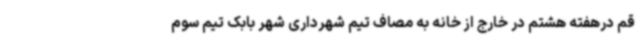
قم درهفته هشتم در خارج از خانه به مصاف تیم شهرداری شهر بابک تیم سوم